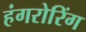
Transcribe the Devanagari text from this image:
हंगरोरिंग